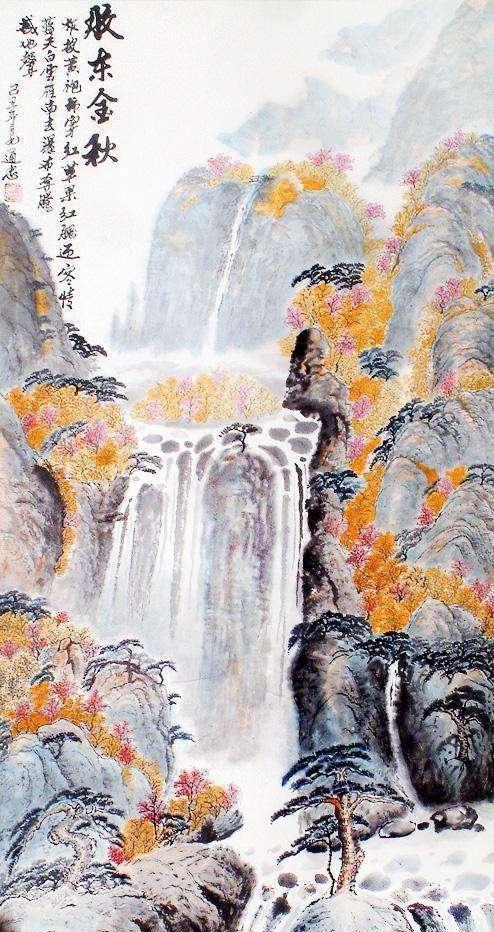
露叶翻风惊鹊坠。暗落青林红子。